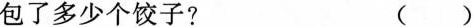
包了多少个饺子？ ()